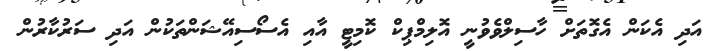
އަދި އެކަން އެގޮތަށް ހާސިލްވެވުނީ އޮލިމްޕިކް ކޮމިޓީ އާއި އެސޯސިއޭޝަންތަކުން އަދި ސަރުކާރުން